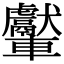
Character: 𨏾